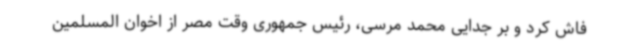
فاش کرد و بر جدایی محمد مرسی، رئیس جمهوری وقت مصر از اخوان المسلمین